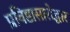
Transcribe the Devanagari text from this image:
प्रविष्टासारोद्धार